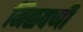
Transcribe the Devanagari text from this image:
मिळवणी